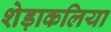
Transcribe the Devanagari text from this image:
शेड़ाकलिया